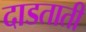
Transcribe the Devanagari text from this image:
दाडताती